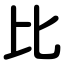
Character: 比